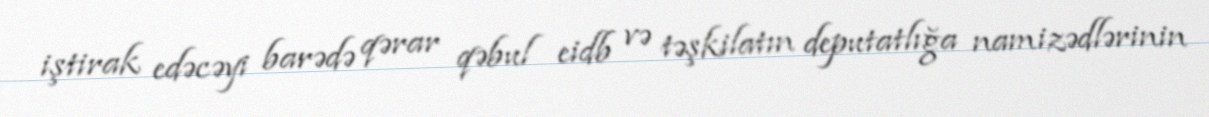
iştirak edəcəyi barədə qərar qəbul eidb və təşkilatın deputatlığa namizədlərinin